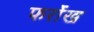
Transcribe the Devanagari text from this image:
फर्रोख